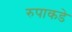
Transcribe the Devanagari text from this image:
रुपाकडे